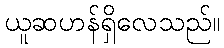
ယူဆဟန်ရှိလေသည်။